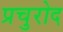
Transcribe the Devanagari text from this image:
प्रचुरोद